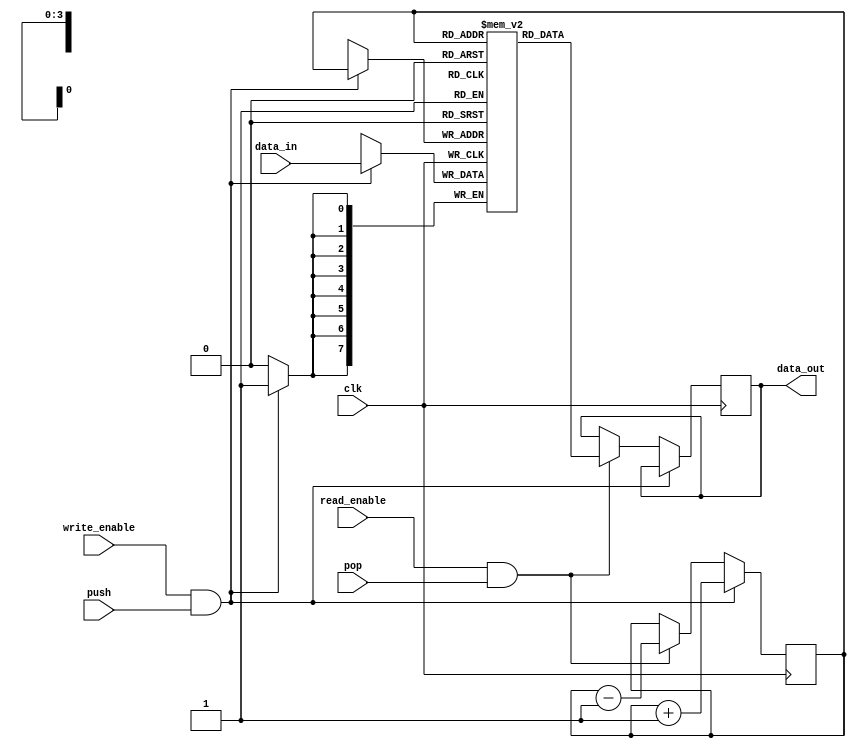
module MemoryBlocksStack (
  input wire [7:0] data_in,
  input wire write_enable,
  input wire read_enable,
  input wire push,
  input wire pop,
  input wire clk,
  
  output reg [7:0] data_out
);

parameter STACK_SIZE = 16;

reg [7:0] memory[0:STACK_SIZE-1];
reg [3:0] stack_pointer;

always @(posedge clk) begin
  if (write_enable && push) begin
    memory[stack_pointer] <= data_in;
    stack_pointer <= stack_pointer + 1;
  end else if (read_enable && pop) begin
    data_out <= memory[stack_pointer];
    stack_pointer <= stack_pointer - 1;
  end
end

endmodule